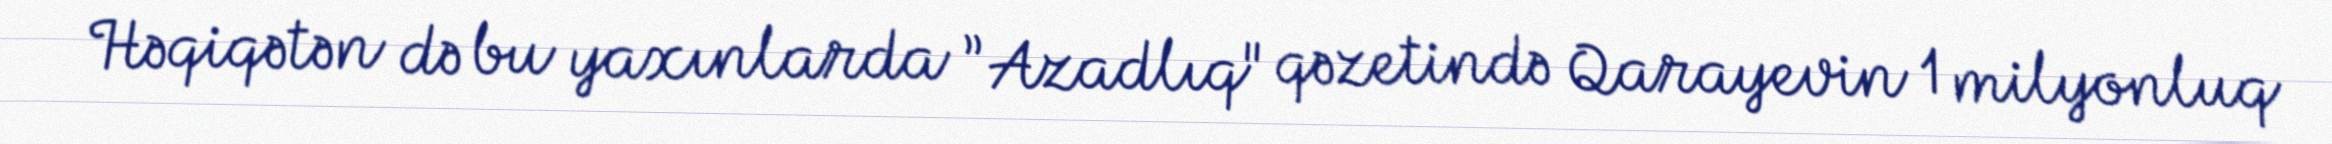
Həqiqətən də bu yaxınlarda ”Azadlıq" qəzetində Qarayevin 1 milyonluq